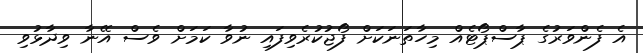
އެ ފެންވަރުގެ ޕާސްޕޯޓެއް މިހާތަނަކަށް ފޯޖުކުރެވިފައި ނުވާ ކަމަށް ވެސް އޭނާ ވިދާޅުވި